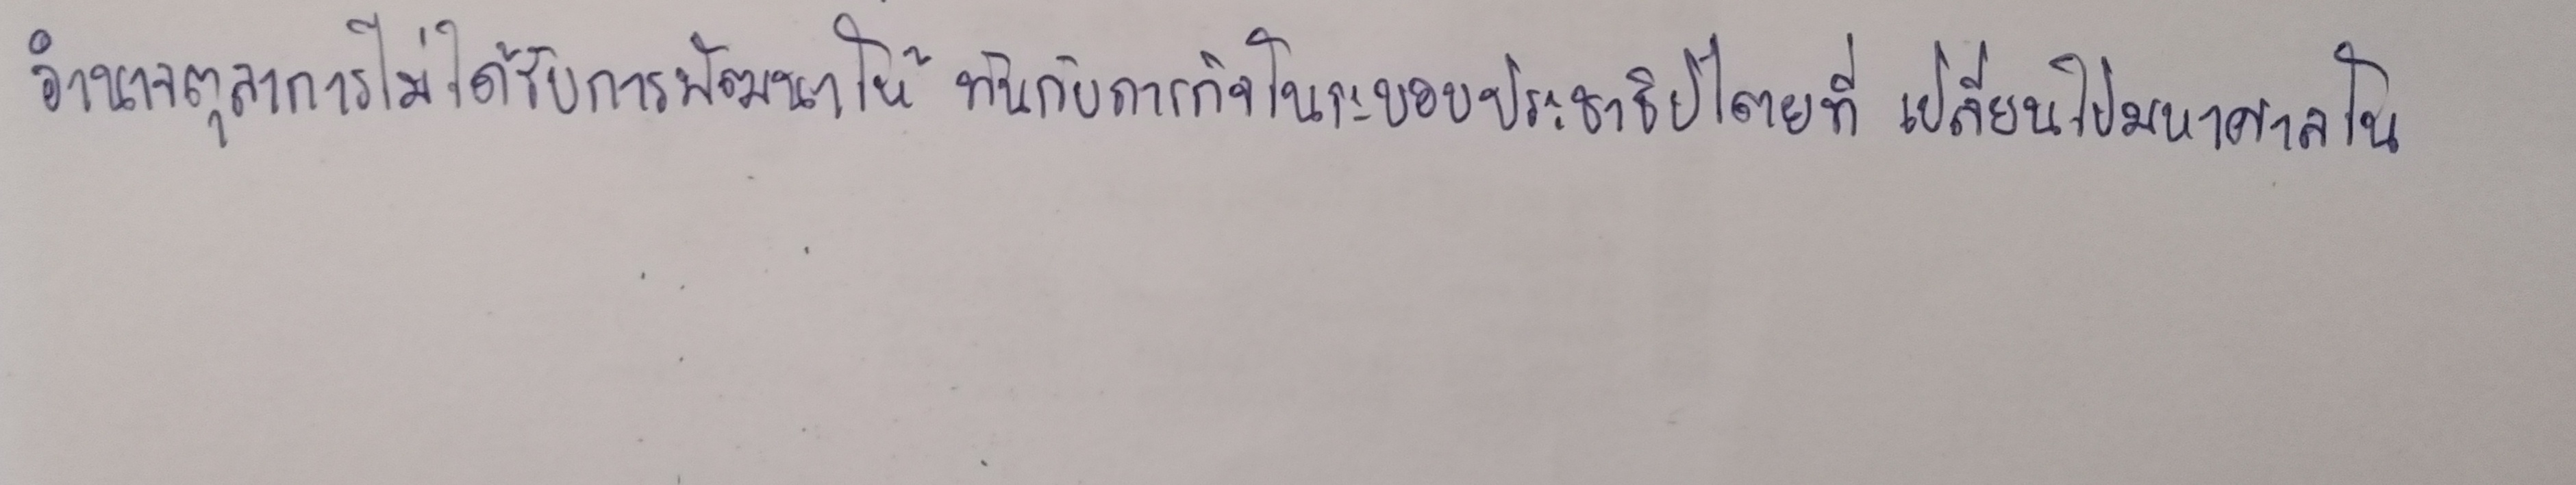
อำนาจตุลาการไม่ได้รับการพัฒนาให้ทันกับภารกิจในระบอบประชาธิปไตยที่เปลี่ยนไปมหาศาลใน